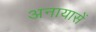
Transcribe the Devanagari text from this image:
अनायासें